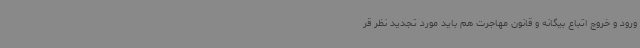
ورود و خروج اتباع بیگانه و قانون مهاجرت هم باید مورد تجدید نظر قر